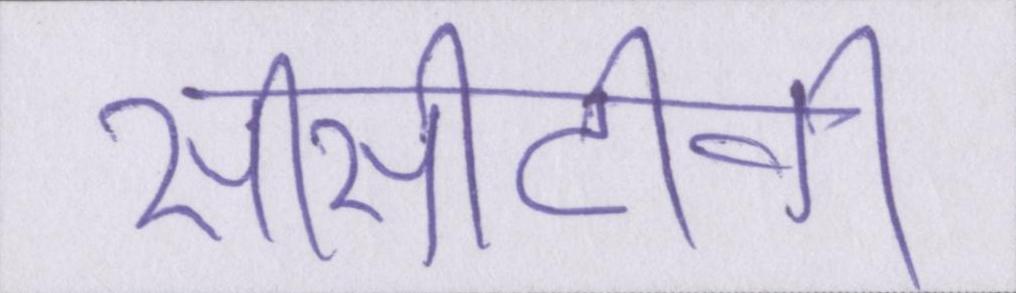
सीसीटीवी